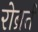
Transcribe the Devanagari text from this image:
रोब्रर्त